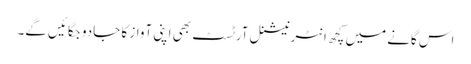
اس گانے میں کچھ انٹرنیشنل آرٹسٹ بھی اپنی آواز کا جادو جگائیں گے۔